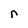
Character: n